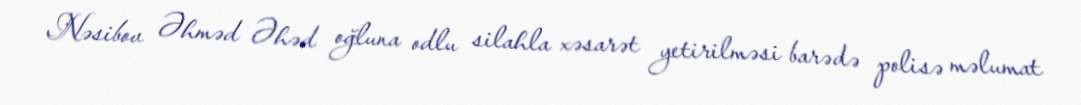
Nəsibov Əhməd Əhəd oğluna odlu silahla xəsarət yetirilməsi barədə polisə məlumat